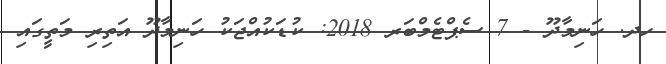
ހދ. ހަނިމާދޫ - 7 ސެޕްޓެމްބަރ 2018: ކުޑަކުއްޖަކު ހަނިމާދޫ އަތިރި މަތީގައި